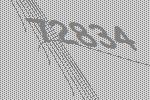
72834